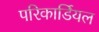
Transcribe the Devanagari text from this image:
परिकार्डियल